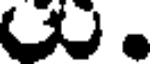
.